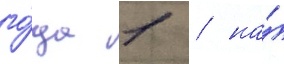
го́да 1 / на́